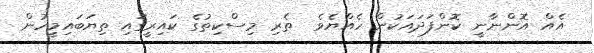
އެއް އޮންނާނީ ކޮންފަދައަކުން ހެއްޔެވެ  ތެރި މިސްކިތުގެ ކައިރީގައި ތިޔަބައިމީހުން